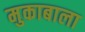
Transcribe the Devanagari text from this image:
मुकाबाला